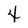
Character: 4